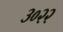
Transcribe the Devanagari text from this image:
३०२२